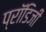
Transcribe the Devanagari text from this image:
प्रॉडिजी